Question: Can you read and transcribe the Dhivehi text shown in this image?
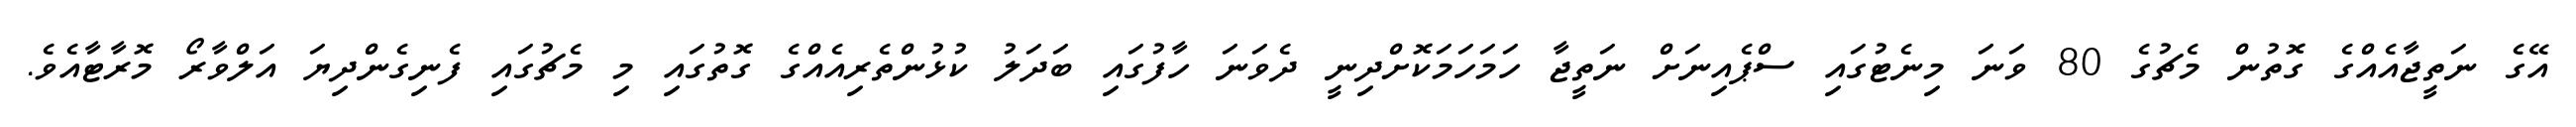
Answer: އޭގެ ނަތީޖާއެއްގެ ގޮތުން މެޗުގެ 80 ވަނަ މިނެޓުގައި ސްޕެއިނަށް ނަތީޖާ ހަމަހަމަކޮށްދިނީ ދެވަނަ ހާފުގައި ބަދަލު ކުޅުންތެރިއެއްގެ ގޮތުގައި މި މެޗުގައި ފެނިގެންދިޔަ އަލްވާރޯ މޮރާޓާއެވެ.